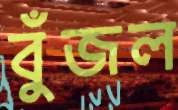
বুঁজল